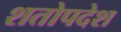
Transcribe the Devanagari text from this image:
शतोपदेश